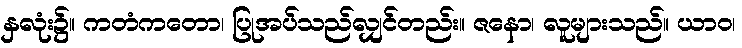
နှလုံး၌။ ကတံကတော၊ ပြုအပ်သည်လျှင်တည်း။ ဇနော၊ လူများသည်။ ယာဝ၊